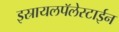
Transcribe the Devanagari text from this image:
इस्रायलपॅलेस्टाईन